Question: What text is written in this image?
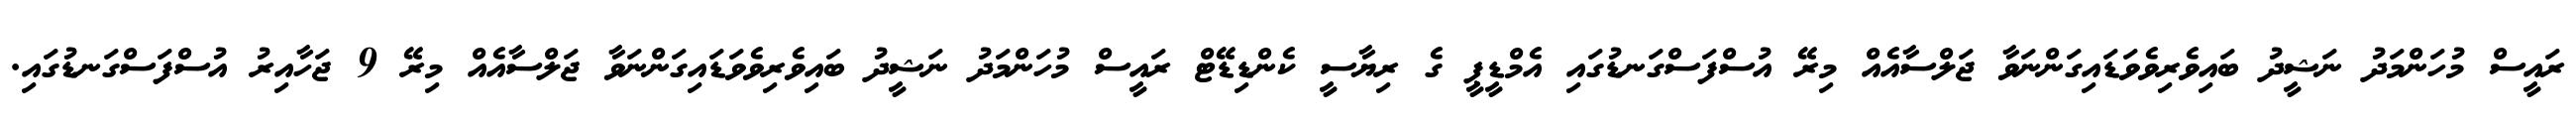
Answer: ރައީސް މުހަންމަދު ނަޝީދު ބައިވެރިވެވަޑައިގަންނަވާ ޖަލްސާއެއް މިރޭ އުސްފަސްގަނޑުގައި އެމްޑީޕީ ގެ ރިޔާސީ ކެންޑިޑޭޓް ރައީސް މުހަންމަދު ނަޝީދު ބައިވެރިވެވަޑައިގަންނަވާ ޖަލްސާއެއް މިރޭ 9 ޖަހާއިރު އުސްފަސްގަނޑުގައި.